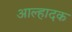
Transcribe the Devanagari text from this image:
आल्हादक